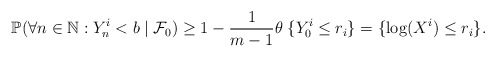
\begin{align*} \mathbb P(\forall n \in \mathbb N: Y^i_n < b\mid \mathcal F_0) \geq 1-\frac{1}{m-1}\theta \; \{Y^i_0 \leq r_i\}=\{\log(X^i) \leq r_i\}.\end{align*}